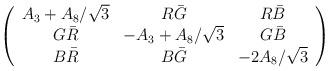
LaTeX: \begin{align*}\left ( \begin{array}{ccc}A_3 + A_8/\sqrt{3} & R \bar G & R \bar B \\G \bar R & - A_3 + A_8/\sqrt{3} & G \bar B \\B \bar R& B \bar G & - 2 A_8/\sqrt{3}\end{array} \right )\end{align*}